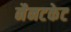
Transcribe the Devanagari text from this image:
नैनटकेट